Annual report of lunatic asylums [Bombay] - 1912-1922
Year: 1912
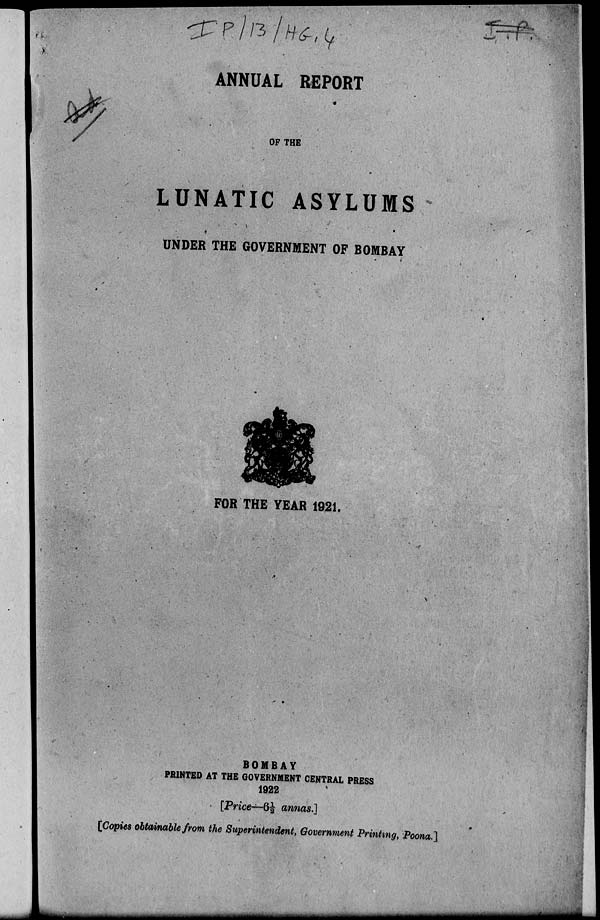
ANNUAL REPORT
OF THE
LUNATIC ASYLUMS
UNDER THE GOVERNMENT OF BOMBAY
FOR THE YEAR 1921.
BOMBAY
PRINTED AT THE GOVERNMENT CENTRAL PRESS
1922
[Price—6½ annas.]
[Copies obtainable from the Superintendent, Government Printing, Poona.]